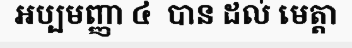
អប្បមញ្ញា ៤  បាន ដល់ មេត្តា